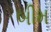
બીમ